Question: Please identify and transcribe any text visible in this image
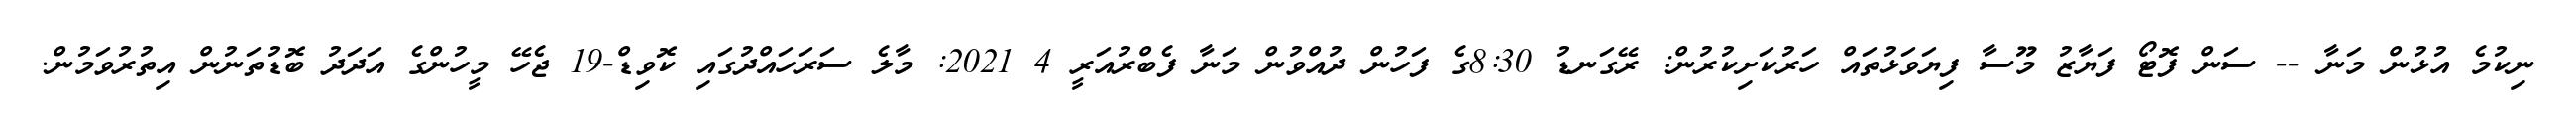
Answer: ނިކުމެ އުޅުން މަނާ -- ސަން ފޮޓޯ ފަޔާޒު މޫސާ ފިޔަވަޅުތައް ހަރުކަށިކުރުން: ރޭގަނޑު 8:30ގެ ފަހުން ދުއްވުން މަނާ ފެބްރުއަރީ 4 2021: މާލެ ސަރަހައްދުގައި ކޮވިޑް-19 ޖެހޭ މީހުންގެ އަދަދު ބޮޑުތަނުން އިތުރުވަމުން.